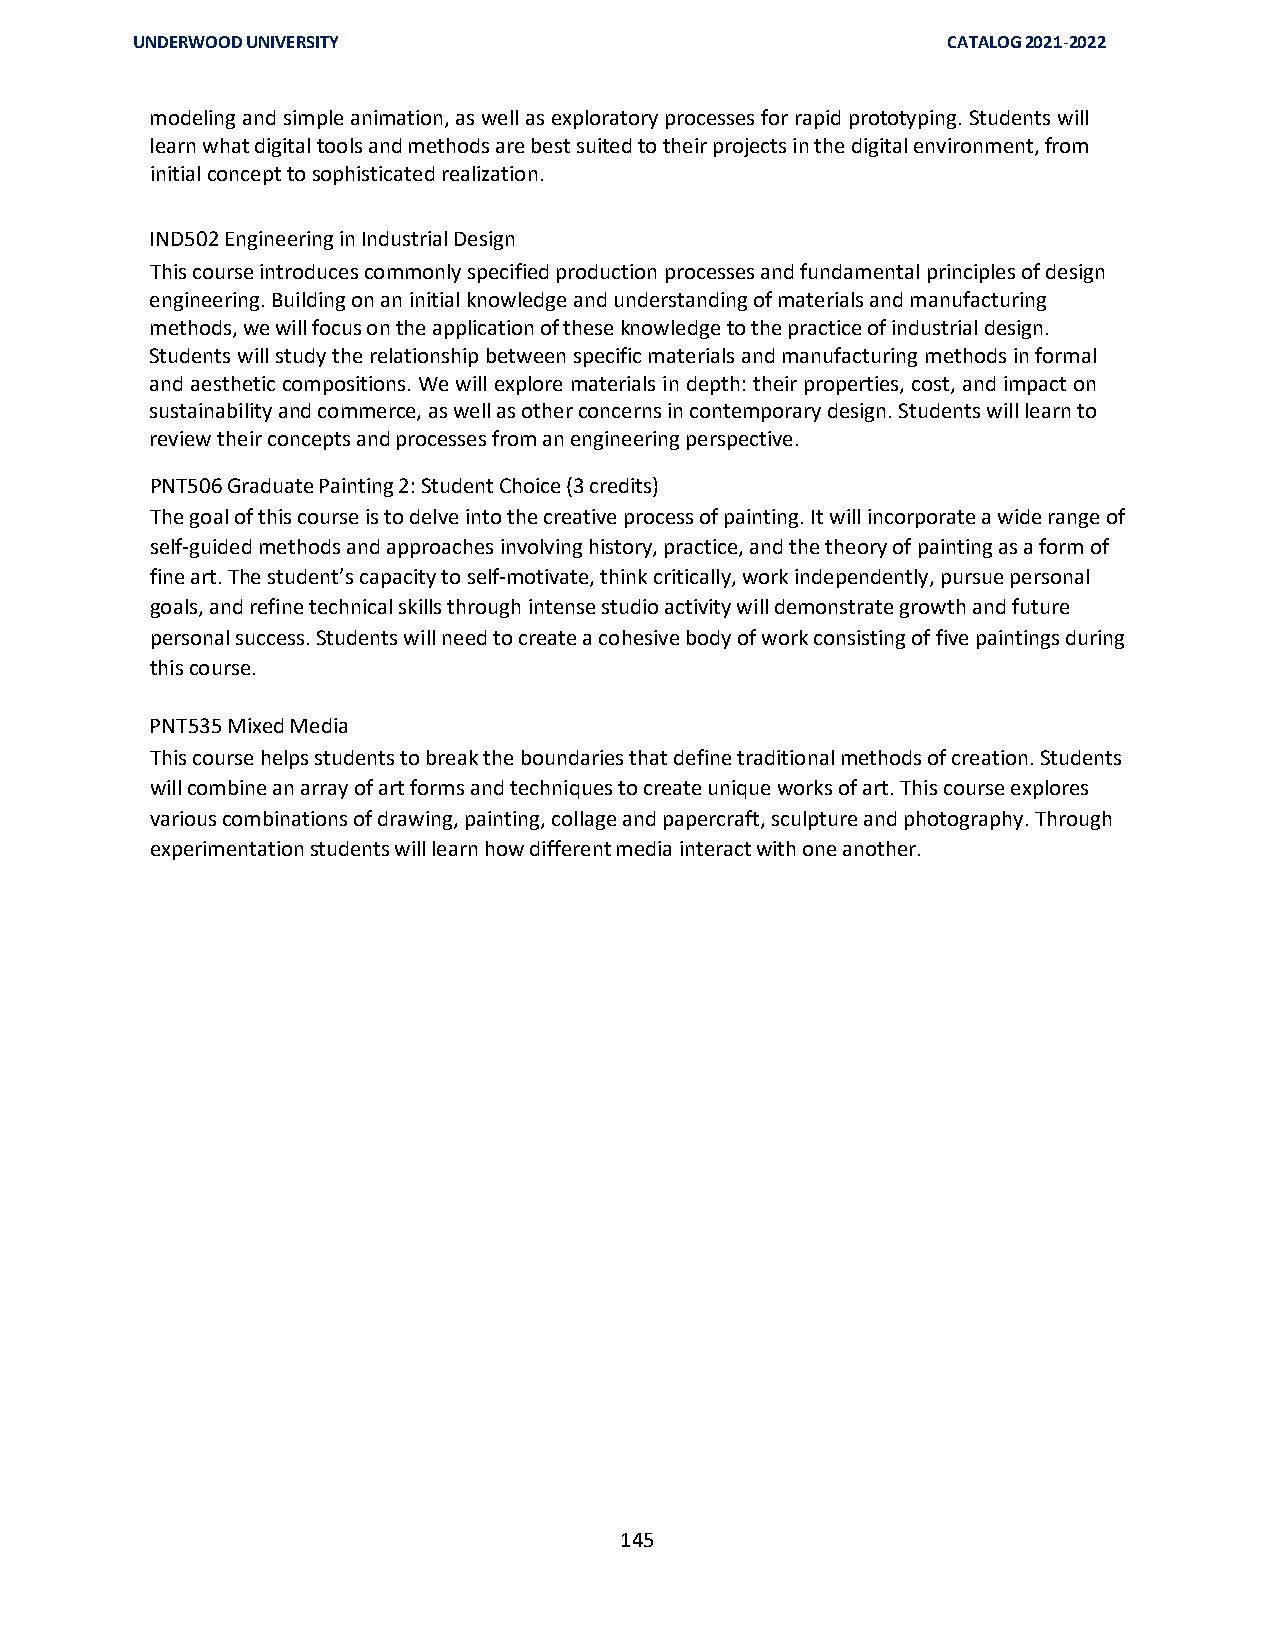
UNDERWOOD UNIVERSITY                                  CATALOG 2021-2022
 modeling and simple animation, as well as exploratory processes for rapid prototyping. Students will
 learn what digital tools and methods are best suited to their projects in the digital environment, from
 initial concept to sophisticated realization.
 IND502 Engineering in Industrial Design
 This course introduces commonly specified production processes and fundamental principles of design
 engineering. Building on an initial knowledge and understanding of materials and manufacturing
 methods, we will focus on the application of these knowledge to the practice of industrial design.
 Students will study the relationship between specific materials and manufacturing methods in formal
 and aesthetic compositions. We will explore materials in depth: their properties, cost, and impact on
 sustainability and commerce, as well as other concerns in contemporary design. Students will learn to
 review their concepts and processes from an engineering perspective.
 PNT506 Graduate Painting 2: Student Choice (3 credits)
 The goal of this course is to delve into the creative process of painting. It will incorporate a wide range of
 self-guided methods and approaches involving history, practice, and the theory of painting as a form of
 fine art. The student’s capacity to self-motivate, think critically, work independently, pursue personal
 goals, and refine technical skills through intense studio activity will demonstrate growth and future
 personal success. Students will need to create a cohesive body of work consisting of five paintings during
 this course.
 PNT535 Mixed Media
 This course helps students to break the boundaries that define traditional methods of creation. Students
 will combine an array of art forms and techniques to create unique works of art. This course explores
 various combinations of drawing, painting, collage and papercraft, sculpture and photography. Through
 experimentation students will learn how different media interact with one another.
 145